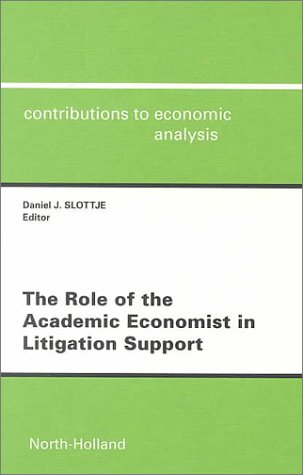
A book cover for The Role of the Academic Economist in Litigation Support (Contributions to Economic Analysis); Law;